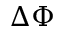
\Delta \Phi